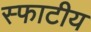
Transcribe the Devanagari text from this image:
स्फाटीय